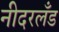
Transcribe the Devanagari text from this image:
नीदरलँड